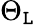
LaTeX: \Theta_{\mathtt{L}}